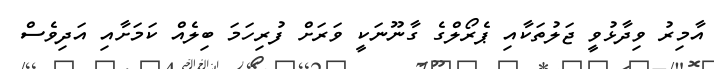
އާމިރު ވިދާޅުވީ ޖަލުތަކާއި ޕެރޯލްގެ ގާނޫނަކީ ވަރަށް ފުރިހަމަ ބިލެއް ކަމަށާއި އަދިވެސް